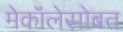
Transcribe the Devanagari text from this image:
मेकॉलेसोबत